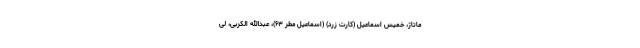
ماتاژ، خمیس اسماعیل (کارت زرد) (اسماعیل مطر ۶۳)، عبدالله الکربی، لی